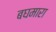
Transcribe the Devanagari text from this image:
बघमारा